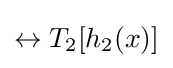
\leftrightarrow T_{2}[h_{2}(x)]